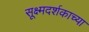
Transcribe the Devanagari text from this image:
सूक्ष्मदर्शकाच्या